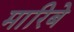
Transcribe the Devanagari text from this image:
मारिबे